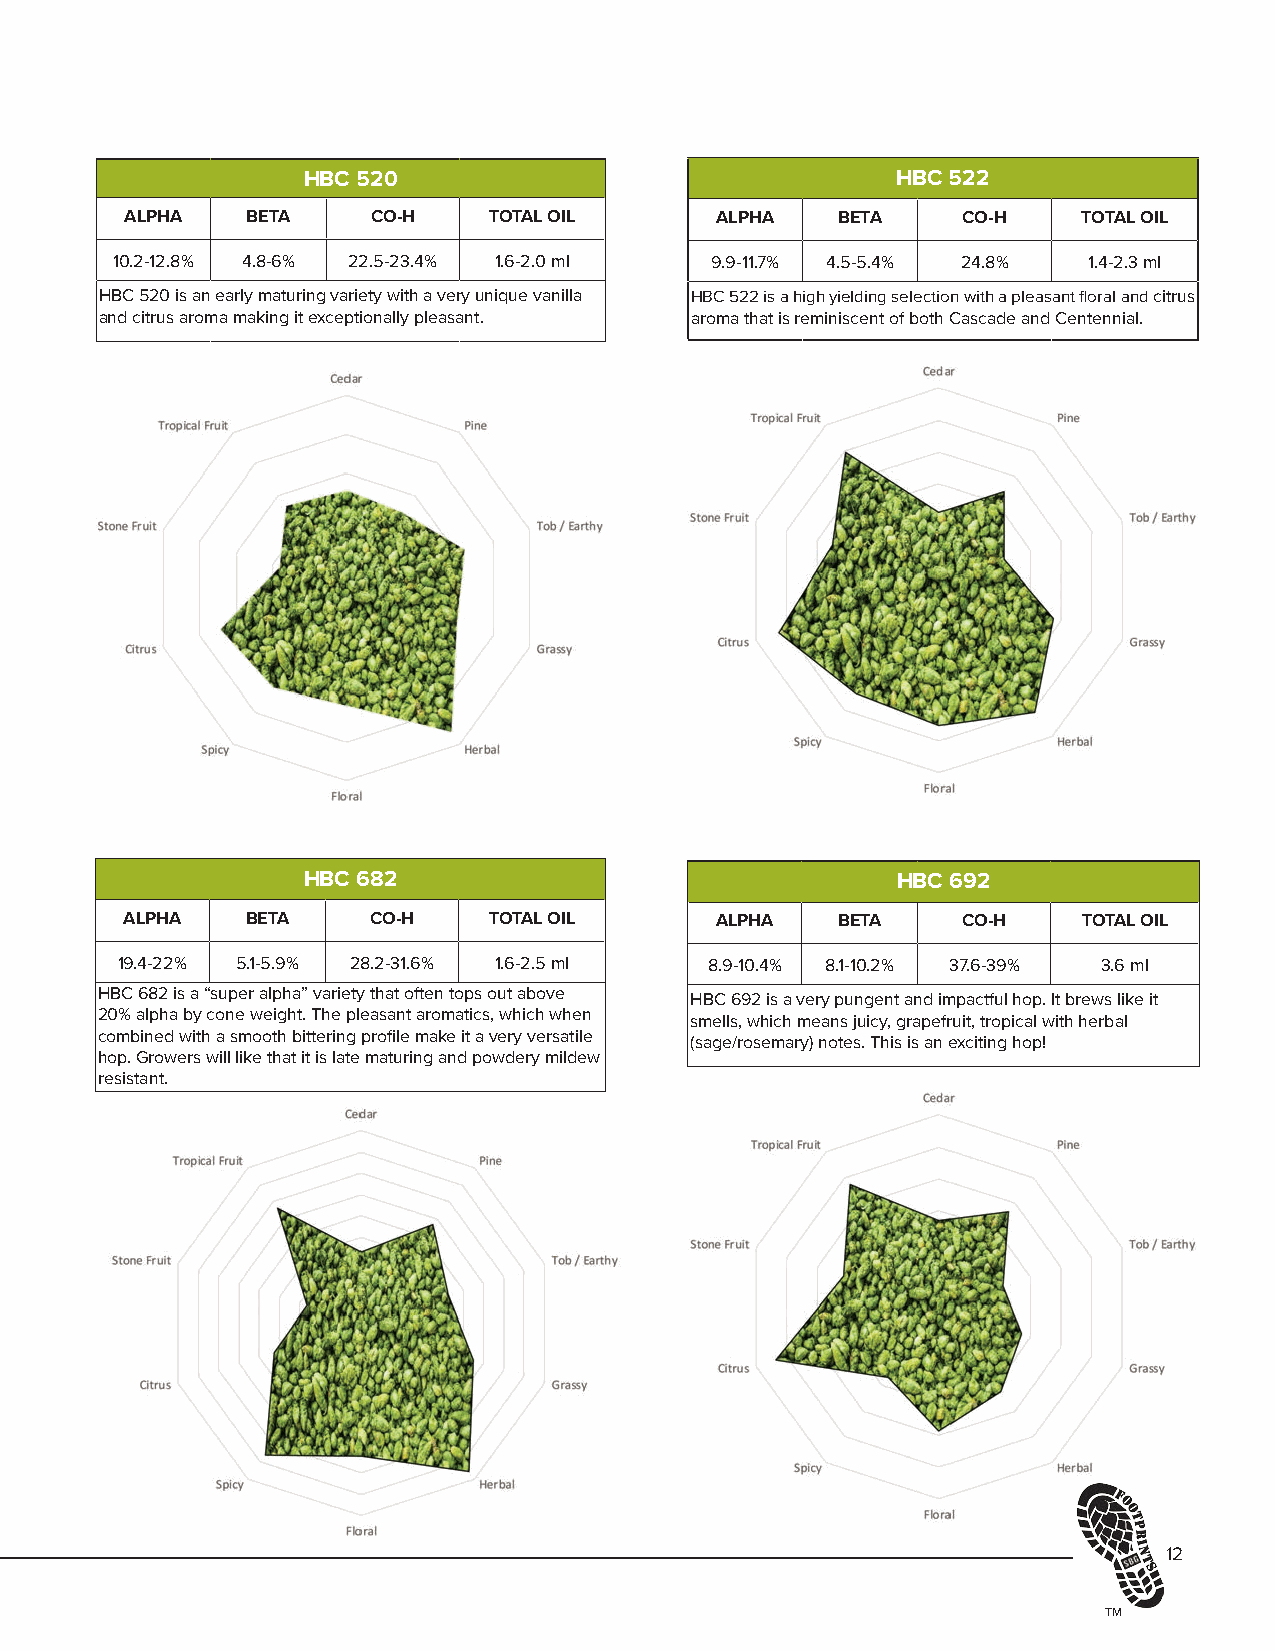
HBC 520                                HBC 522
 ALPHA   BETA     CO-H   TOTAL OIL      ALPHA   BETA     CO-H    TOTAL OIL
 10.2-12.8% 4.8-6% 22.5-23.4% 1.6-2.0 ml 9.9-11.7% 4.5-5.4% 24.8% 1.4-2.3 ml
 HBC 520 is an early maturing variety with a very unique vanilla HBC 522 is a high yielding selection with a pleasant floral and citrus
 and citrus aroma making it exceptionally pleasant. aroma that is reminiscent of both Cascade and Centennial.
 HBC 682                                HBC 692
 ALPHA   BETA    CO-H    TOTAL OIL      ALPHA   BETA     CO-H    TOTAL OIL
 19.4-22% 5.1-5.9% 28.2-31.6% 1.6-2.5 ml 8.9-10.4% 8.1-10.2% 37.6-39% 3.6 ml
 HBC 682 is a “super alpha” variety that often tops out above HBC 692 is a very pungent and impactful hop. It brews like it
 20% alpha by cone weight. The pleasant aromatics, which when smells, which means juicy, grapefruit, tropical with herbal
 combined with a smooth bittering profile make it a very versatile (sage/rosemary) notes. This is an exciting hop!
 hop. Growers will like that it is late maturing and powdery mildew
 resistant.
 12
 TM